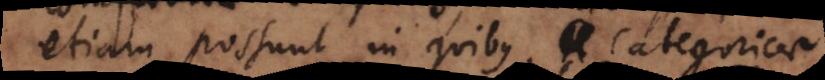
etiam possunt in quibus categoricae